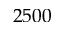
2 5 0 0